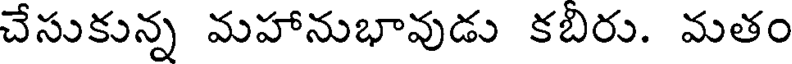
చేసుకున్న మహానుభావుడు కబిరు. మతం